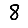
Digit: 8